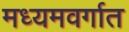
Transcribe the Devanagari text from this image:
मध्यमवर्गात